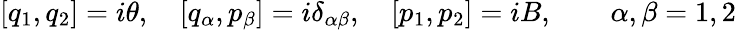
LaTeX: [q_{1},q_{2}]=i\theta,\quad[{q}_{\alpha},{p}_{\beta}]=i\delta_{\alpha\beta},\quad[p_{1},p_{2}]=iB,\quad\quad\alpha,\beta=1,2